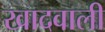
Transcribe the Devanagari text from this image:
खादवाली